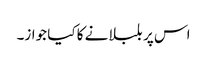
اس پر بلبلانے کا کیا جواز۔